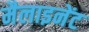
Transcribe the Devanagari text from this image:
मैलाइनेंट